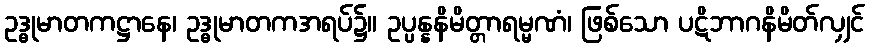
ဥဒ္ဓုမာတကဋ္ဌာနေ၊ ဥဒ္ဓုမာတကအရပ်၌။ ဥပ္ပန္နနိမိတ္တာရမ္မဏံ၊ ဖြစ်သော ပဋိဘာဂနိမိတ်လျှင်